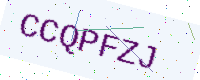
Text: CCQPFZJ